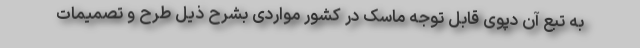
به تبع آن دپوی قابل توجه ماسک در کشور مواردی بشرح ذیل طرح و تصمیمات